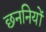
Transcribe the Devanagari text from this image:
छननियों